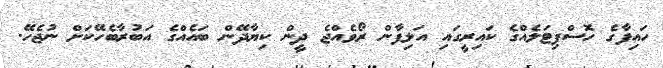
ހައިފާގެ ހޮސްޕިޓަލެއްގެ ކައިރީގައި އަލިފާން ރޯވެއްޖެ ދީން ކިޔާދޭން ބައެއްގެ އަބުރާބެހޭކަށް ނުޖެހޭ.